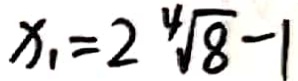
x _ { 1 } = 2 ^ { 4 } \sqrt { 8 } - 1